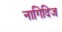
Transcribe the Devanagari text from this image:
नागिदिज